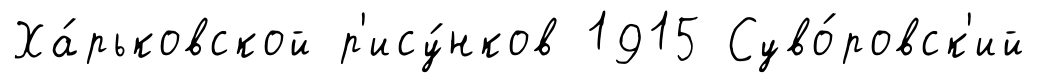
Ха́рьковской р'ису́нков 1915 Суво́ровск'ий